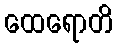
ထေရောတိ